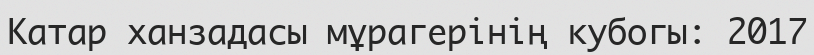
Катар ханзадасы мұрагерінің кубогы: 2017